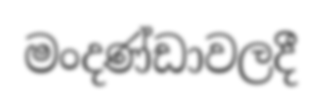
මංදණ්ඩාවලදී